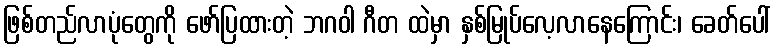
ဖြစ်တည်လာပုံတွေကို ဖော်ပြထားတဲ့ ဘဂဝါ ဂီတ ထဲမှာ နှစ်မြုပ်လေ့လာနေကြောင်း၊ ခေတ်ပေါ်